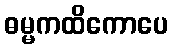
ဓမ္မကထိကောပေ